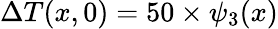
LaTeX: \Delta{T}(x,0)=50\times\psi_{3}(x)